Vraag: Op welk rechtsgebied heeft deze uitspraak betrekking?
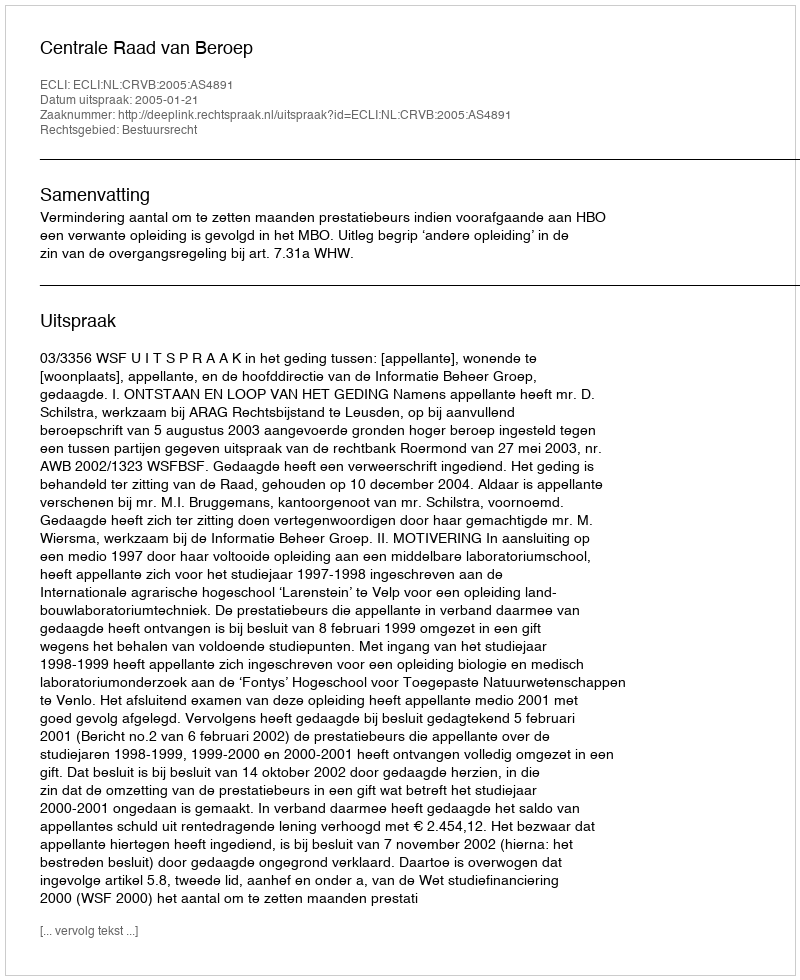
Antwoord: Bestuursrecht